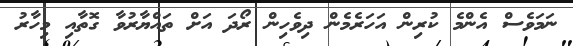
ނަމަވެސް އެންމެ ކުރިން އަހަރެމެން ދިވެހިން ރޯދަ އަށް ތައްޔާރުވާ ގޮތާއި މިހާރު